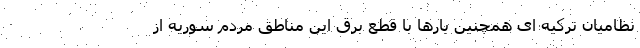
نظامیان ترکیه ای همچنین بارها با قطع برق این مناطق مردم سوریه از